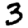
Digit: 3